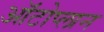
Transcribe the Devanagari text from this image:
ऑटोप्लान